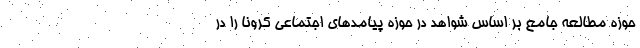
حوزه مطالعه جامع بر اساس شواهد در حوزه پیامدهای اجتماعی کرونا را در